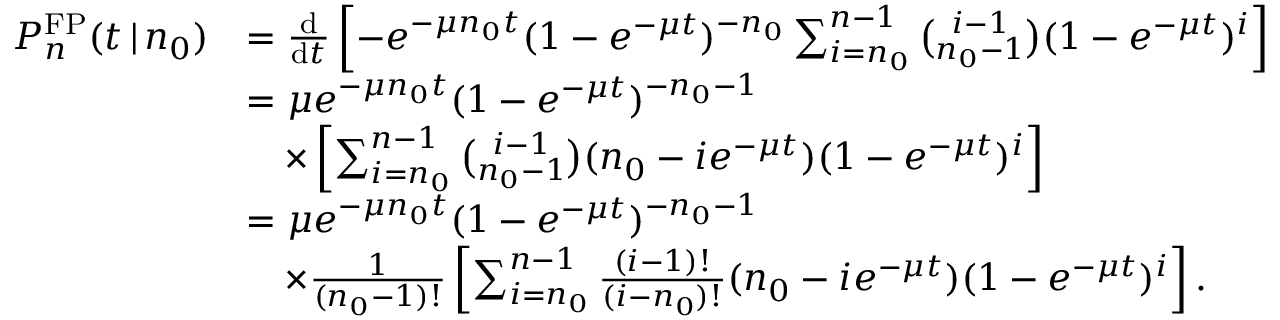
\begin{array} { r l } { P _ { n } ^ { \mathrm { F P } } ( t \, | \, n _ { 0 } ) } & { = \frac { \mathrm { d } } { \mathrm { d } t } \left[ - e ^ { - \mu n _ { 0 } t } ( 1 - e ^ { - \mu t } ) ^ { - n _ { 0 } } \sum _ { i = n _ { 0 } } ^ { n - 1 } { \binom { i - 1 } { n _ { 0 } - 1 } } ( 1 - e ^ { - \mu t } ) ^ { i } \right] } \\ & { = \mu e ^ { - \mu n _ { 0 } t } ( 1 - e ^ { - \mu t } ) ^ { - n _ { 0 } - 1 } } \\ & { \quad \times \left[ \sum _ { i = n _ { 0 } } ^ { n - 1 } { \binom { i - 1 } { n _ { 0 } - 1 } } ( n _ { 0 } - i e ^ { - \mu t } ) ( 1 - e ^ { - \mu t } ) ^ { i } \right] } \\ & { = \mu e ^ { - \mu n _ { 0 } t } ( 1 - e ^ { - \mu t } ) ^ { - n _ { 0 } - 1 } } \\ & { \quad \times \frac { 1 } { ( n _ { 0 } - 1 ) ! } \left[ \sum _ { i = n _ { 0 } } ^ { n - 1 } \frac { ( i - 1 ) ! } { ( i - n _ { 0 } ) ! } ( n _ { 0 } - i e ^ { - \mu t } ) ( 1 - e ^ { - \mu t } ) ^ { i } \right] . } \end{array}